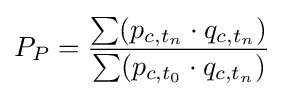
P_{P}={\frac {\sum (p_{c,t_{n}}\cdot q_{c,t_{n}})}{\sum (p_{c,t_{0}}\cdot q_{c,t_{n}})}}